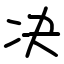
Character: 决